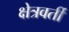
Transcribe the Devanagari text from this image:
क्षेत्रवर्ती